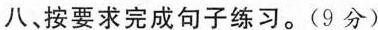
八、按要求完成句子练习。(9分)